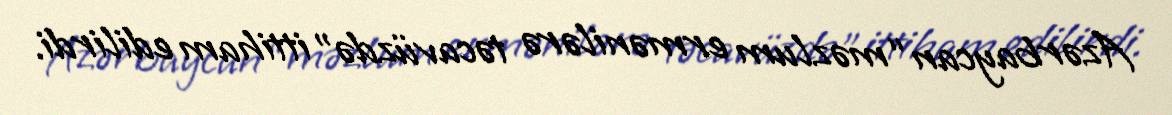
Azərbaycan “məzlum ermənilərə təcavüzdə” ittiham edilirdi.